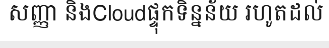
សញ្ញា និងCloudផ្ទុកទិន្នន័យ រហូតដល់